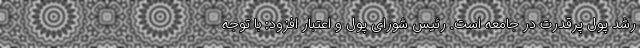
رشد پول پرقدرت در جامعه است. رئیس شورای پول و اعتبار افزود: با توجه